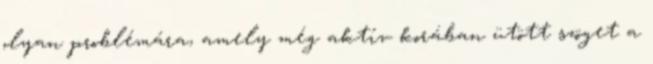
olyan problémára, amely még aktív korában ütött szöget a